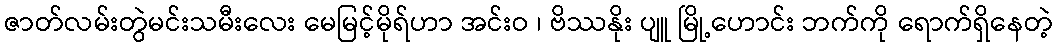
ဇာတ်လမ်းတွဲမင်းသမီးလေး မေမြင့်မိုရ်ဟာ အင်းဝ ၊ ဗိဿနိုး ပျူ မြို့ဟောင်း ဘက်ကို ရောက်ရှိနေတဲ့